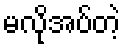
မလိုအပ်တဲ့